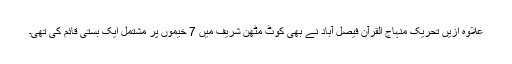
علاوہ ازیں تحریک منہاج القرآن فیصل آباد نے بھی کوٹ مٹھن شریف میں 7 خیموں پر مشتمل ایک بستی قائم کی تھی۔